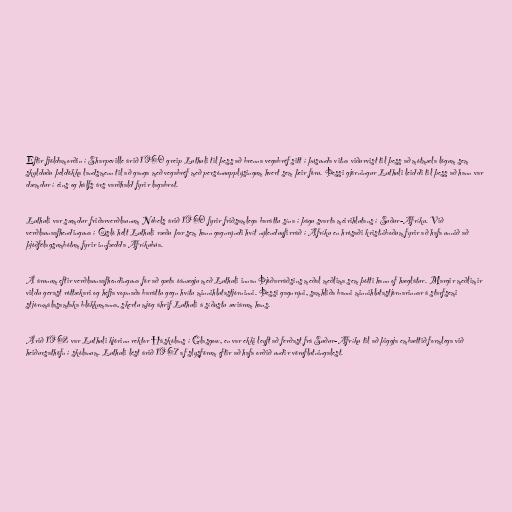
Eftir fjöldamorðin í Sharpeville árið 1960 greip Luthuli til þess að brenna vegabréf sitt í þúsunda vitna viðurvist til þess að mótmæla lögum sem
skylduðu þeldökka landsmenn til að ganga með vegabréf með persónuupplýsingum hvert sem þeir fóru. Þessi gjörningur Luthuli leiddi til þess að hann var
dæmdur í eins og hálfs árs varðhald fyrir lagabrot.

Luthuli var sæmdur friðarverðlaunum Nóbels árið 1960 fyrir friðsamlega baráttu sína í þágu svarta meirihlutans í Suður-Afríku. Við
verðlaunaafhendinguna í Ósló hélt Luthuli ræðu þar sem hann gagnrýndi hvít nýlenduyfirráð í Afríku en hrósaði kristniboðum fyrir að hafa unnið að
þjóðfélagsumbótum fyrir innfædda Afríkubúa.

Á árunum eftir verðlaunaafhendinguna fór að gæta óánægju með Luthuli innan Þjóðarráðsins meðal meðlima sem þótti hann of hæglátur. Margir meðlimir
vildu gerast róttækari og hefja vopnaða baráttu gegn hvítu minnihlutastjórninni. Þessi gagnrýni, samhliða banni minnihlutastjórnarinnar á starfsemi
stjórnmálasamtaka blökkumanna, skertu mjög áhrif Luthuli á síðustu æviárum hans.

Árið 1962 var Luthuli kjörinn rektor Háskólans í Glasgow, en var ekki leyft að ferðast frá Suður-Afríku til að þiggja embættið formlega við
heiðursathöfn í skólanum. Luthuli lést árið 1967 af slysförum eftir að hafa orðið undir vöruflutningalest.